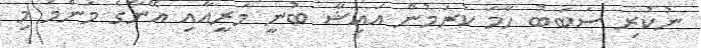
ނުކުރި ސަބަބު ހާމަ ކުރަމުން އައިޝާ ބުނީ މަރީއާއި އޭނާގެ މަންމަ މި